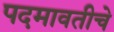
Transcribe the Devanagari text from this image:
पदमावतीचे